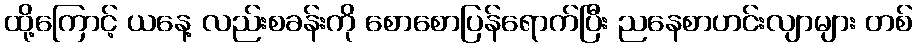
ထို့ကြောင့် ယနေ့ လည်းစခန်းကို စောစောပြန်ရောက်ပြီး ညနေစာဟင်းလျာများ တစ်